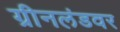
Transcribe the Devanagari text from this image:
ग्रीनलंडवर